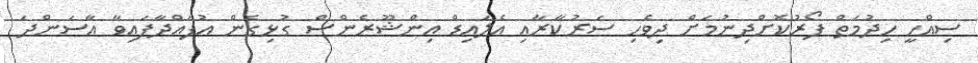
ސިއްހީ ހިދުމަތް ފޯރުކޮށްދިނުމަށް ދިވެހި ސަރުކާރާއި އެލައިޑް އިންޝޫރެންސް ގުޅިގެން އުފައްދާފައިވާ އާސަންދަ